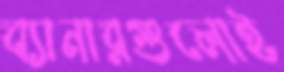
ব্যানারগুলোই